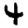
Digit: 4